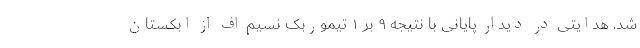
شد. هدایتی در دیدار پایانی با نتیجه ۹ بر ۱ تیموربک نسیم اف از ابکستان